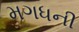
મગધની